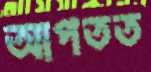
আপতত